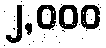
၂,၀၀၀